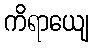
ကိရာယျေ